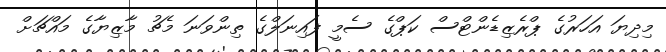
މިދިޔަ އަހަރުގެ ޕްރެޒިޑެންޓްސް ކަޕްގެ ސެމީ ފައިނަލްގެ ތިންވަނަ މެޗު މާޒިޔާގެ މައްޗަށް